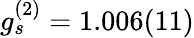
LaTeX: g_{s}^{(2)}=1.006(11)